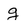
Character: g